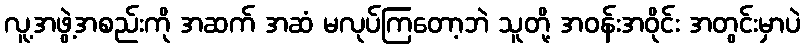
လူ့အဖွဲ့အစည်းကို အဆက် အဆံ မလုပ်ကြတော့ဘဲ သူတို့ အဝန်းအဝိုင်း အတွင်းမှာပဲ